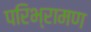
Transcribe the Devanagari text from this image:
परिभ्रामण